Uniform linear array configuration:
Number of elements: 48
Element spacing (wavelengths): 0.75
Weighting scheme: kaiser
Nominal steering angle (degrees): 45
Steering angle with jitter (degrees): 43.304
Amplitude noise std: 0.05
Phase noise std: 0.05

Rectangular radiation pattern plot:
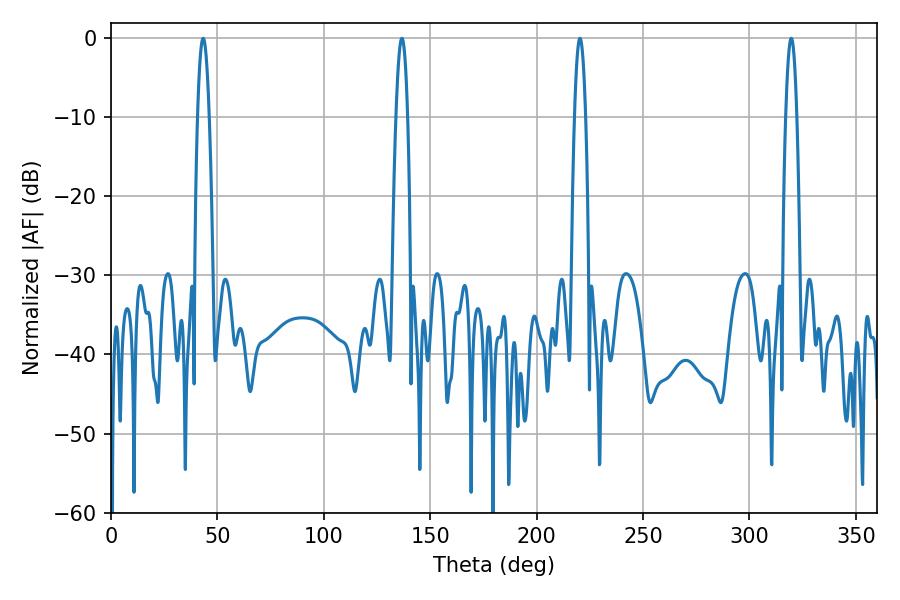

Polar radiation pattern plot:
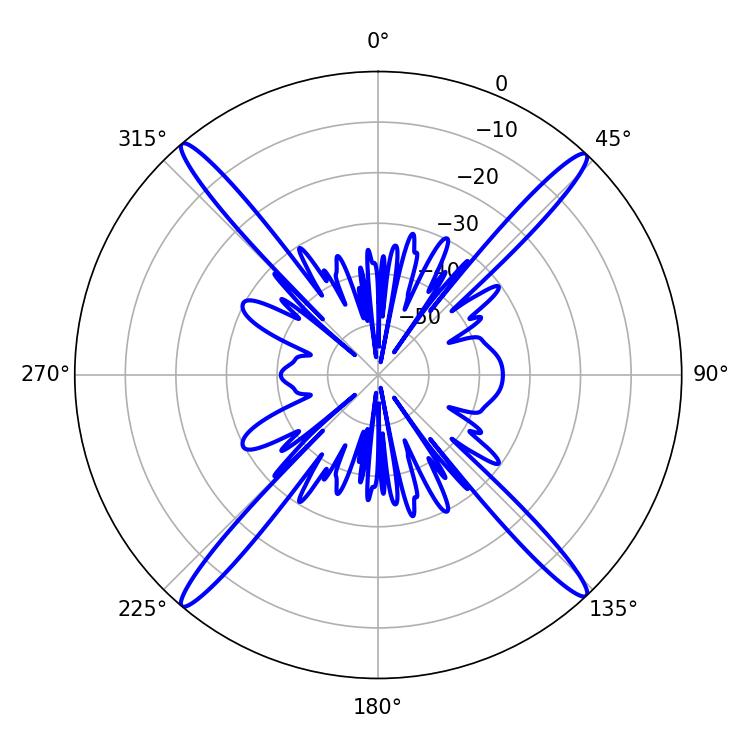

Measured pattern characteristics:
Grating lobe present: TRUE
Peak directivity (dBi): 24.05
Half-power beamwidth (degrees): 2.88
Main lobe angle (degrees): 220.32